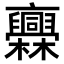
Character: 𣡥